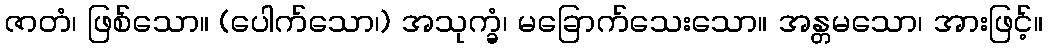
ဇာတံ၊ ဖြစ်သော။ (ပေါက်သော၊) အသုက္ခံ၊ မခြောက်သေးသော။ အန္တမသော၊ အားဖြင့်။